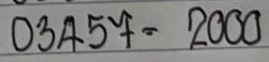
03457 = 2000